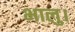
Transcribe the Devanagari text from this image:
भालु।